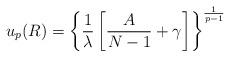
LaTeX: \begin{align*}u_p(R)=\left\{\frac{1}{\lambda}\left[\frac{A}{N-1}+\gamma\right]\right\}^{\frac{1}{p-1}}\end{align*}